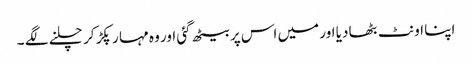
اپنا اونٹ بٹھا دیا اور میں اس پر بیٹھ گئی اور وہ مہا ر پکڑ کر چلنے لگے ۔